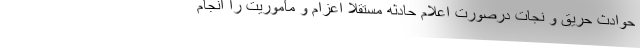
حوادث حریق و نجات درصورت اعلام حادثه مستقلاً اعزام و مأموریت را انجام